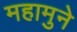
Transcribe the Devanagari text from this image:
महामुने